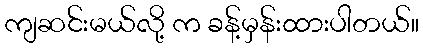
ကျဆင်းမယ်လို့ က ခန့်မှန်းထားပါတယ်။